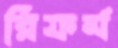
রিফর্ম